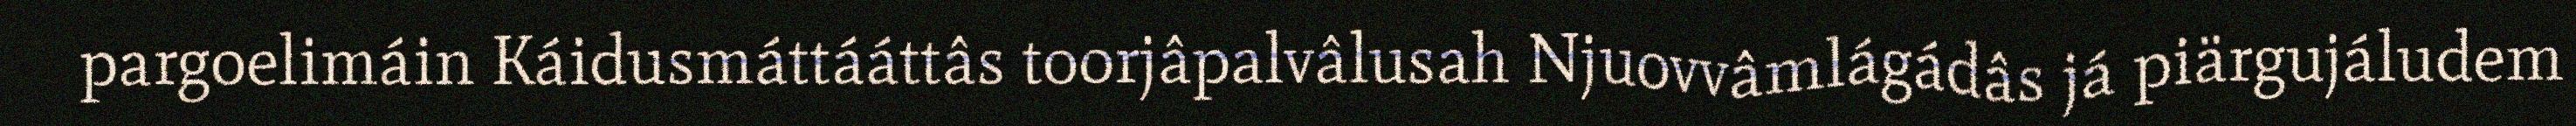
pargoelimáin Káidusmáttááttâs toorjâpalvâlusah Njuovvâmlágádâs já piärgujáludem